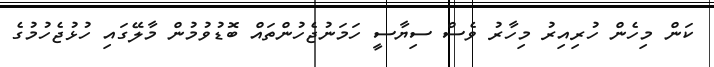
ކަން މިހެން ހުރިއިރު މިހާރު ވެސް ސިޔާސީ ހަމަނުޖެހުންތައް ބޮޑުވުމުން މާލޭގައި ހުޅުޖެހުމުގެ